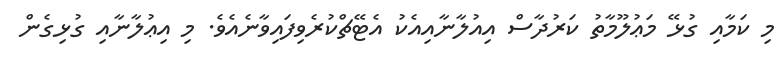
މި ކަމާއި ގުޅޭ މަޢުލޫމާތު ކަރުދާސް އިއުލާނާއިއެކު އެޓޭޗްކުރެވިފައިވާނެއެވެ. މި އިޢުލާނާއި ގުޅިގެން